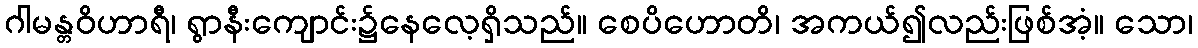
ဂါမန္တဝိဟာရီ၊ ရွာနီးကျောင်း၌နေလေ့ရှိသည်။ စေပိဟောတိ၊ အကယ်၍လည်းဖြစ်အံ့။ သော၊